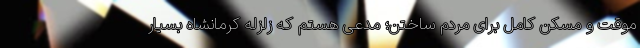
موقت و مسکن کامل برای مردم ساختن؛ مدعی هستم که زلزله کرمانشاه بسیار